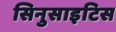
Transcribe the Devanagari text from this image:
सिनुसाइटिस